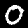
Label: 0